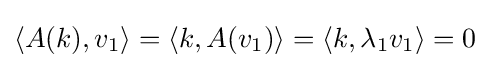
\langle A(k),v_{1}\rangle =\langle k,A(v_{1})\rangle =\langle k,\lambda _{1}v_{1}\rangle =0